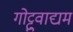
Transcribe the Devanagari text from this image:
गोट्टुवाद्यम